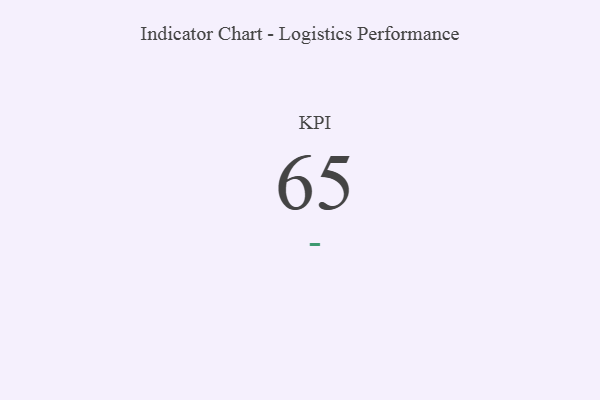
{"axis": {"x": "KPI", "y": "Value"}, "legend": [""], "data": [{"x": "KPI", "y": 65, "type": ""}]}